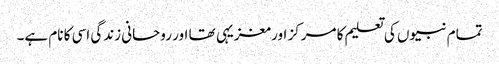
تمام نبیوں کی تعلیم کا مرکز اور مغزیہی تھا اور روحانی زندگی اسی کا نام ہے۔